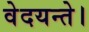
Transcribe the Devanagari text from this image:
वेदयन्ते।